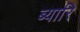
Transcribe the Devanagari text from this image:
ब्यारि